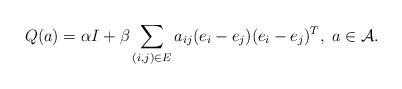
LaTeX: \begin{align*}Q(a)=\alpha I+\beta\sum_{(i,j)\in E}a_{ij}(e_{i}-e_{j})(e_{i}-e_{j})^{T},\ a\in\mathcal{A}.\end{align*}